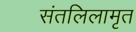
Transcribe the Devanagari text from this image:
संतलिलामृत